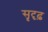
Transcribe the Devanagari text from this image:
सृदृढ़